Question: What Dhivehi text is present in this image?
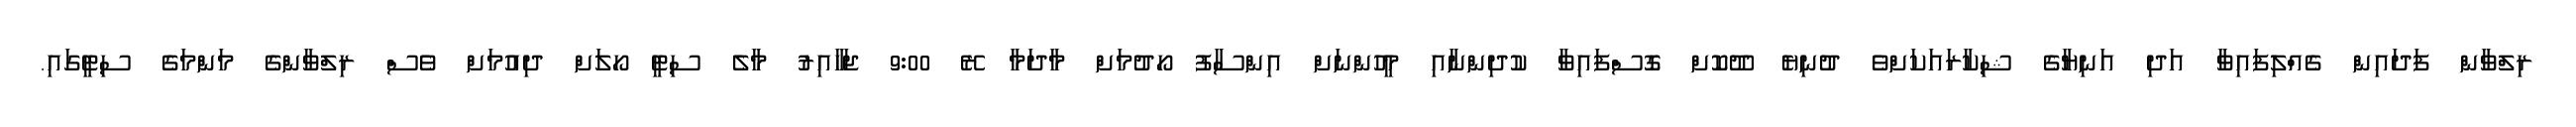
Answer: ރިލްވާން ފަދައިން ގެއްލިފައިވާ އަދި އަނިޔާގެ ޝިކާރައަކަށްވެ ދުނިޔެ ދޫކޮށް ގޮސްފައިވާ ކުދިންނާއި މީހުންނަށް އިންސާފު ހޯދުމަށް މާދަމާ ރޭ 9:00 ޖަހާއިރު މާލެ ސިޓީ ހޯލަށް ދިއުމަށް ވެސް ރިލްވާންގެ މަންމަގެ ސިޓީގައި.